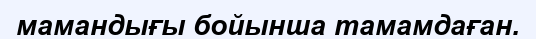
мамандығы бойынша тамамдаған.